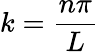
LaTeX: k={\frac{n\pi}{L}}